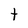
Character: t